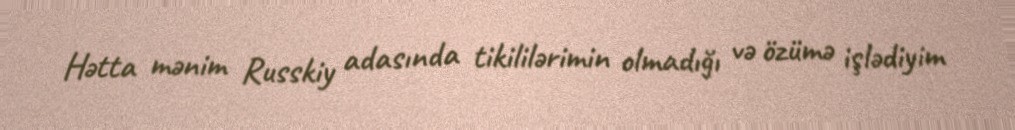
Hətta mənim Russkiy adasında tikililərimin olmadığı və özümə işlədiyim